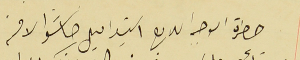
حضرة الوجه اللامع السَيد اميل خاشو الافخم